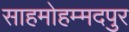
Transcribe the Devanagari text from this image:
साहमोहम्मदपुर